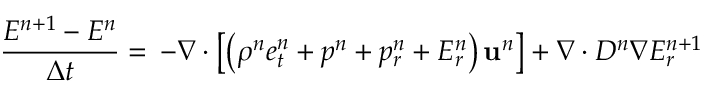
\frac { E ^ { n + 1 } - E ^ { n } } { \Delta t } = \, - \nabla \cdot \left[ \left( \rho ^ { n } e _ { t } ^ { n } + p ^ { n } + p _ { r } ^ { n } + E _ { r } ^ { n } \right) \mathbf { u } ^ { n } \right] + \nabla \cdot D ^ { n } \nabla E _ { r } ^ { n + 1 }